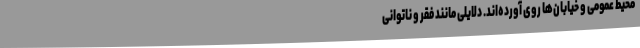
محیط عمومی و خیابان‌ها روی آورده‌اند. دلایلی مانند فقر و ناتوانی